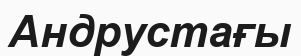
Андрустағы